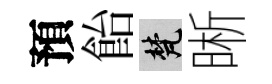
預飴梵晰